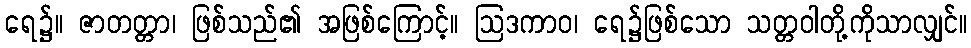
ရေ၌။ ဇာတတ္တာ၊ ဖြစ်သည်၏ အဖြစ်ကြောင့်။ ဩဒကာဝ၊ ရေ၌ဖြစ်သော သတ္တဝါတို့ကိုသာလျှင်။